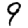
Digit: 9